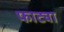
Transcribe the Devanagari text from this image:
फाट्या